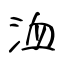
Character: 洫